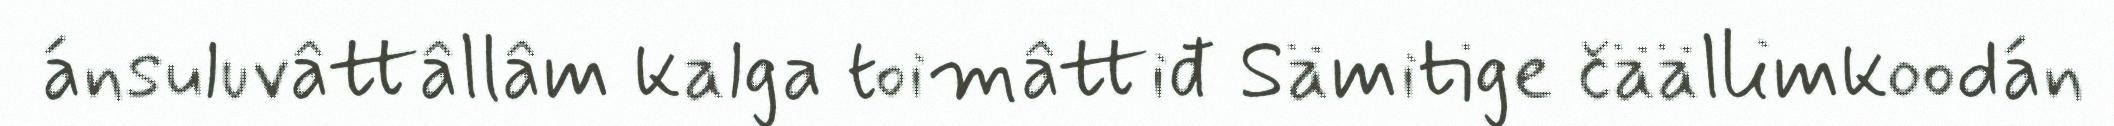
ánsuluvâttâllâm kalga toimâttiđ Sämitige čäällimkoodán